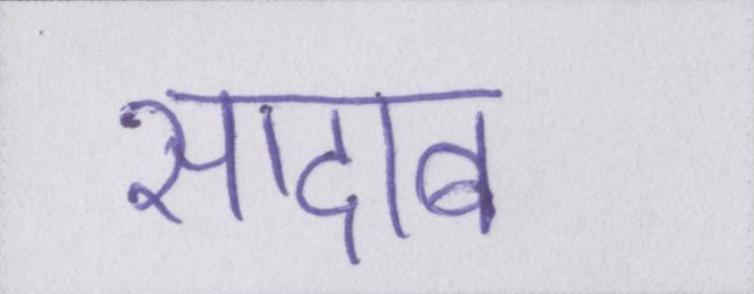
सादाब